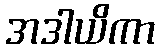
အဒါယိကာ